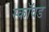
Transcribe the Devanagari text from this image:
स्कॉवड